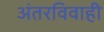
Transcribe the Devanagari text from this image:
अंतरविवाही